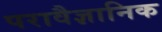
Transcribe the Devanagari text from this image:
परावैज्ञानिक